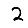
Digit: 2